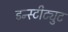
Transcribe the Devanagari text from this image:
इन्स्टीट्युट